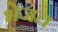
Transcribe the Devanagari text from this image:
भेजत